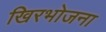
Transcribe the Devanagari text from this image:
खिरभोजना